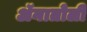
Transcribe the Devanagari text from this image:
ॲनातोली